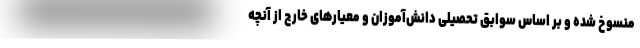
منسوخ شده و بر اساس سوابق تحصیلی دانش‌آموزان و معیارهای خارج از آنچه